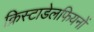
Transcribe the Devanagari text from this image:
क्रिस्टाडेलफियनों